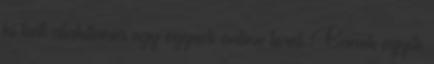
ki kell alakítania egy egyedi online teret. Ennek egyik